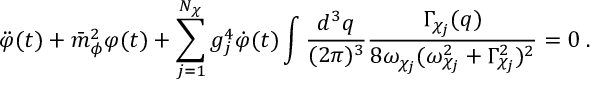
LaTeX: \ddot { \varphi } ( t ) + \bar { m } _ { \phi } ^ { 2 } \varphi ( t ) + \sum _ { j = 1 } ^ { N _ { \chi } } g _ { j } ^ { 4 } \dot { \varphi } ( t ) \int \frac { d ^ { 3 } q } { ( 2 \pi ) ^ { 3 } } \frac { \Gamma _ { \chi _ { j } } ( q ) } { 8 \omega _ { \chi _ { j } } ( \omega _ { \chi _ { j } } ^ { 2 } + \Gamma _ { \chi _ { j } } ^ { 2 } ) ^ { 2 } } = 0 \; .